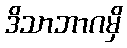
ဒိသာဘာဂမှိ